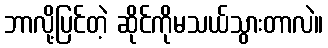
ဘာလို့ပြင်တဲ့ ဆိုင်ကိုမသယ်သွားတာလဲ။